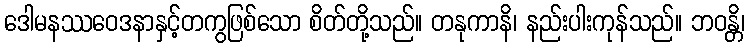
ဒေါမနဿဝေဒနာနှင့်တကွဖြစ်သော စိတ်တို့သည်။ တနုကာနိ၊ နည်းပါးကုန်သည်။ ဘဝန္တိ၊